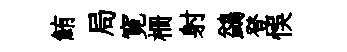
鮪局寛栅射鷁登悞